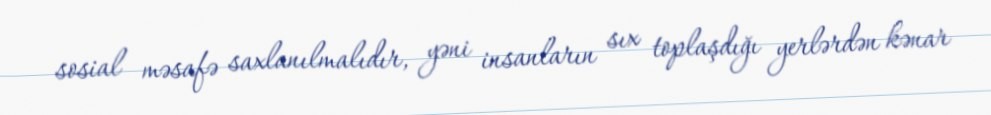
sosial məsafə saxlanılmalıdır, yəni insanların sıx toplaşdığı yerlərdən kənar